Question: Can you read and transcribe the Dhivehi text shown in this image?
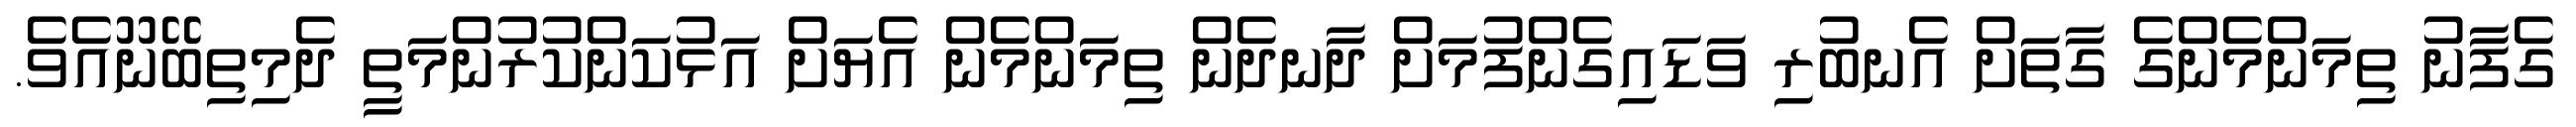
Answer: ގެފާނު ތިމަންމެންގެ ގާތަށް އެނބުރި ވަޑައިގެންފުމަށް ދާނދެން ތިމަންމެން އެޔަށް އަޅުކަންކުރުންމަތީ ދެމިތިބޭނޫއެވެ.